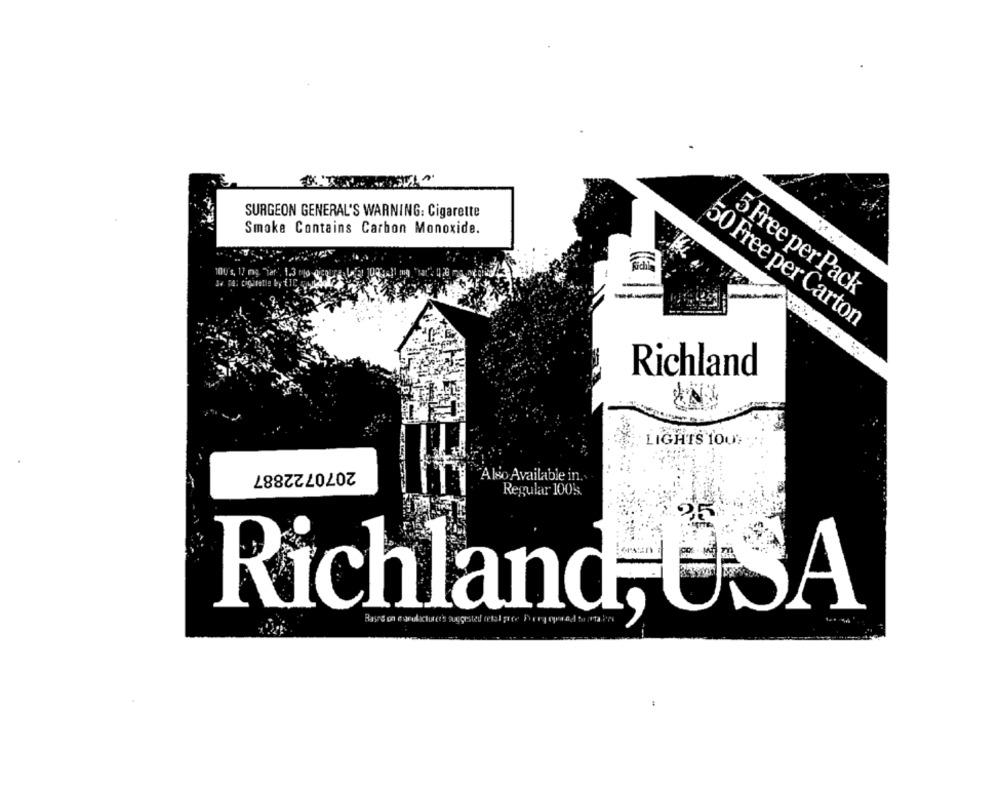
SURGEON GENERAL'S WARNING: Cigarette
Smoke Contains Carbon Monoxide.
100's, 17 mg. "iar'. 1.3
5 Free per Pack
50 Free per Carton
Richland
LIGHTS 100F
2070722887
Also Available in.
Regular 1005.
Richland, USA